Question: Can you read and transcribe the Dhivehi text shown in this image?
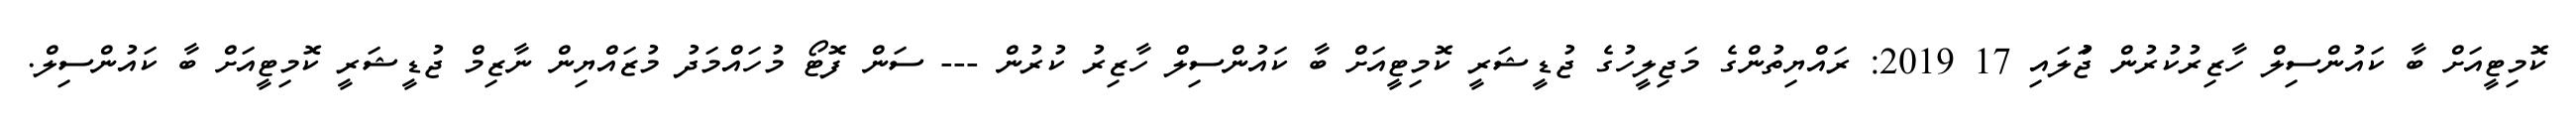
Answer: ކޮމިޓީއަށް ބާ ކައުންސިލް ހާޒިރުކުރުން ޖުަލައި 17 2019: ރައްޔިތުންގެ މަޖިލީހުގެ ޖުޑީޝަރީ ކޮމިޓީއަށް ބާ ކައުންސިލް ހާޒިރު ކުރުން --- ސަން ފޮޓޯ މުހައްމަދު މުޒައްޔިން ނާޒިމް ޖުޑީޝަރީ ކޮމިޓީއަށް ބާ ކައުންސިލް.